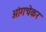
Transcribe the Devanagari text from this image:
आंगचेकर